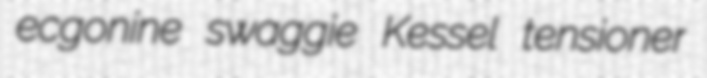
ecgonine swaggie Kessel tensioner